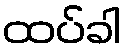
ထပ်ခါ